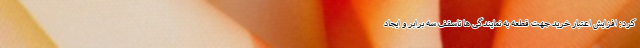
کرد: افزایش اعتبار خرید جهت قطعه به نمایندگی ها تاسقف سه برابر و ایجاد